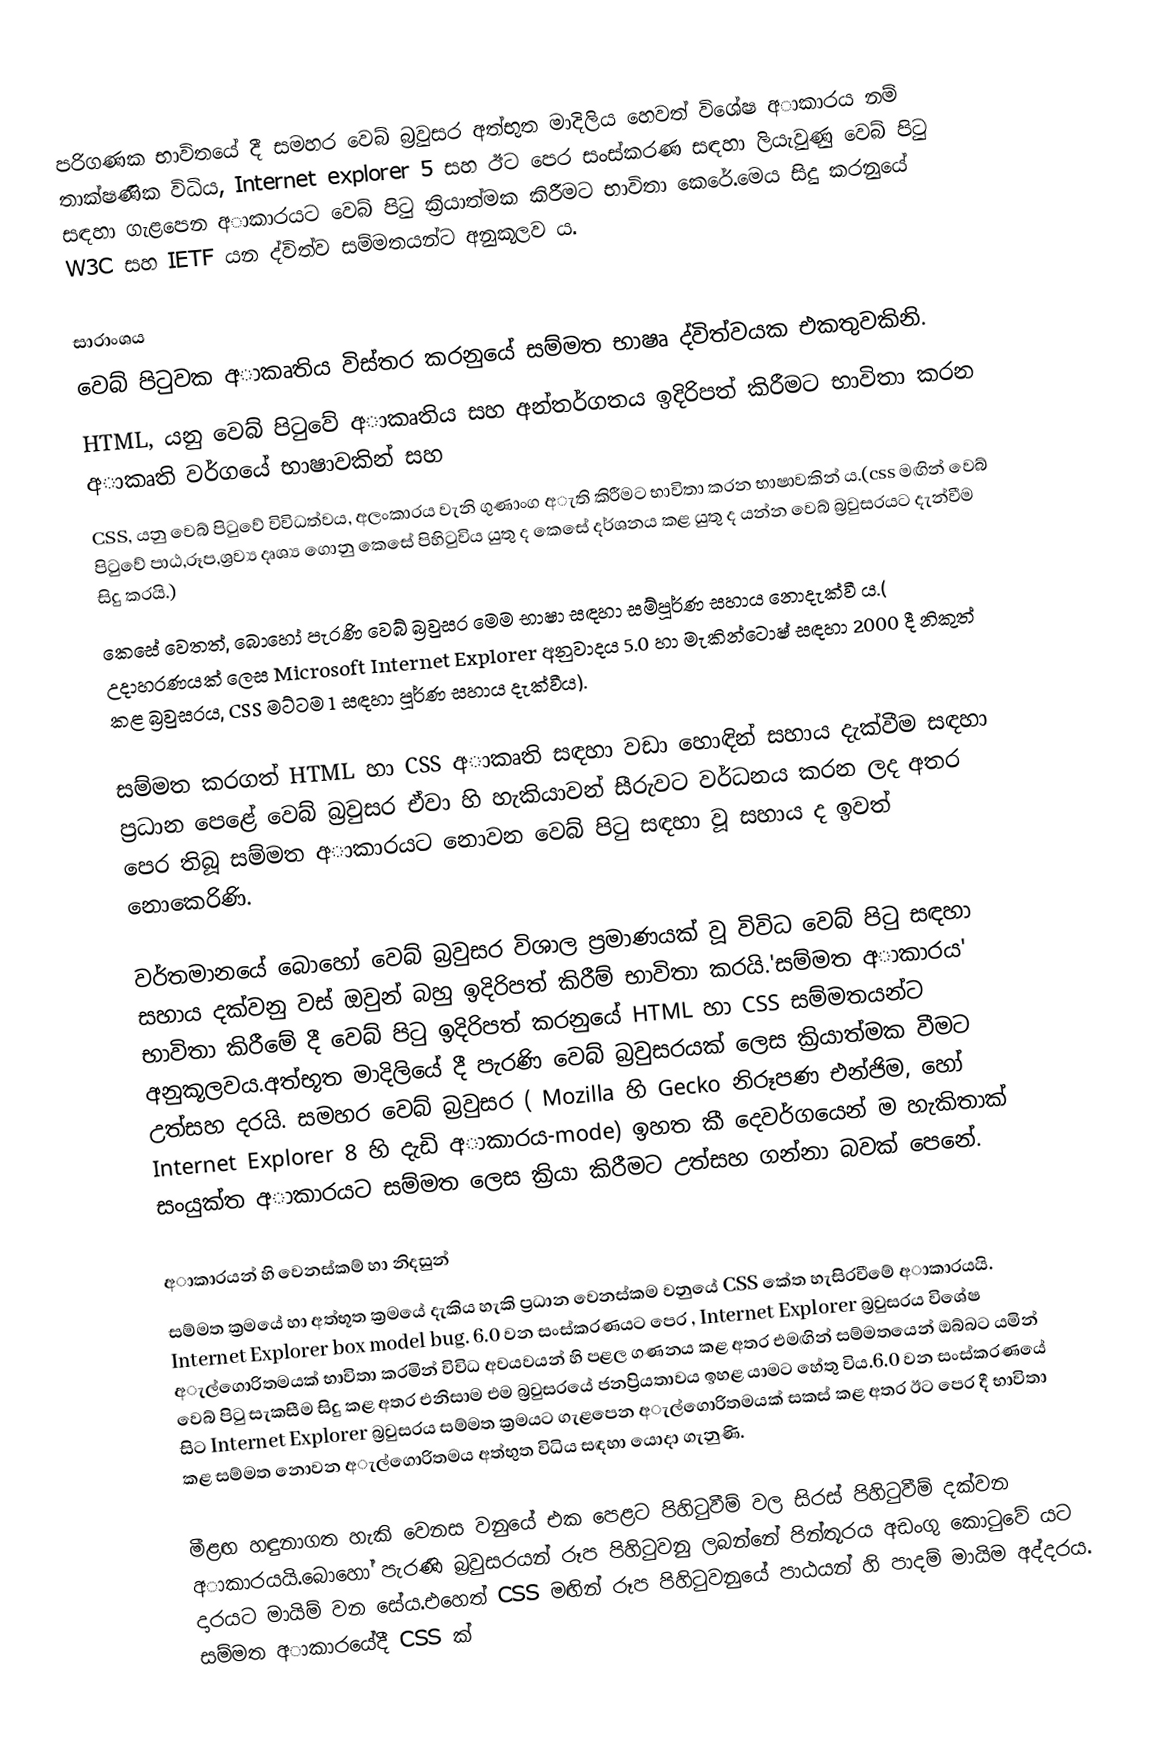
පරිගණක භාවිතයේ දී සමහර වෙබ් බ්‍රවුසර අත්භුත මාදිලිය හෙවත් විශේෂ අාකාරය නම් තාක්ෂණික විධිය, Internet explorer 5 සහ ඊට පෙර සංස්කරණ සඳහා ලියැවුණු වෙබ් පිටු සඳහා ගැළපෙන අාකාරයට වෙබ් පිටු ක්‍රියාත්මක කිරීමට භාවිතා කෙරේ.මෙය සිදු කරනුයේ W3C සහ IETF යන ද්විත්ව සම්මතයන්ට අනුකූලව ය.

සාරාංශය
වෙබ් පිටුවක අාකෘතිය විස්තර කරනුයේ සම්මත භාෂෘ ද්විත්වයක එකතුවකිනි.
 HTML, යනු වෙබ් පිටුවේ අාකෘතිය සහ අන්තර්ගතය ඉදිරිපත් කිරීමට භාවිතා කරන අාකෘති වර්ගයේ භාෂාවකින් සහ
 CSS, යනු වෙබ් පිටුවේ විවිධත්වය, අලංකාරය වැනි ගුණාංග අැති කිරීමට භාවිතා කරන භාෂාවකින් ය.(css මඟින් වෙබ් පිටුවේ පාඨ,රූප,ශ්‍රව්‍ය දෘශ්‍ය ගොනු කෙසේ පිහිටුවිය යුතු ද කෙසේ දර්ශනය කළ යුතු ද යන්න වෙබ් බ්‍රවුසරයට දැන්වීම සිදු කරයි.)
කෙසේ වෙතත්, බොහෝ පැරණි වෙබ් බ්‍රවුසර මෙම භාෂා සඳහා  සම්පූර්ණ සහාය නොදැක්වී ය.(  උදාහරණයක් ලෙස Microsoft Internet Explorer අනුවාදය 5.0 හා මැකින්ටොෂ් සඳහා 2000 දී නිකුත් කළ බ්‍රවුසරය,  CSS මට්ටම 1 සඳහා පූර්ණ සහාය දැක්වීය). 

සම්මත කරගත් HTML හා CSS අාකෘති සඳහා වඩා හොඳින් සහාය දැක්වීම සඳහා ප්‍රධාන පෙළේ වෙබ් බ්‍රවුසර ඒවා හි හැකියාවන් සීරුවට වර්ධනය කරන ලද අතර පෙර ‍තිබූ සම්මත අාකාරයට නොවන වෙබ් පිටු සඳහා වූ සහාය ද ඉවත් නොකෙරිණි.

වර්තමානයේ බොහෝ වෙබ් බ්‍රවුසර විශාල ප්‍රමාණයක් වූ විවිධ වෙබ් පිටු සඳහා සහාය දක්වනු වස් ඔවුන් බහු ඉදිරිපත් කිරීම් භාවිතා කරයි.'සම්මත අාකාරය' භාවිතා කිරීමේ දී වෙබ් පිටු ඉදිරිපත් කරනුයේ HTML හා CSS සම්මතයන්ට අනුකූලවය.අත්භූත මාදිලියේ දී පැරණි වෙබ් බ්‍රවුසරයක් ලෙස ක්‍රියාත්මක  වීමට උත්සහ දරයි.  සමහර වෙබ් බ්‍රවුසර ( Mozilla හි  Gecko නිරූපණ එන්ජිම, හෝ Internet Explorer 8 හි දැඩි අාකාරය-mode) ඉහත කී දෙවර්ගයෙන් ම හැකිතාක් සංයුක්ත අාකාරයට සම්මත ලෙස ක්‍රියා කිරීමට උත්සහ ගන්නා බවක් පෙනේ.

අාකාරයන් හි වෙනස්කම් හා නිදසුන්
 සම්මත ක්‍රමයේ හා අත්‍භූත ක්‍රමයේ දැකිය හැකි ප්‍රධාන වෙනස්කම වනුයේ CSS කේත හැසිරවීමේ අාකාරයයි. Internet Explorer box model bug. 6.0 වන සංස්කරණයට පෙර , Internet Explorer බ්‍රවුසරය විශේෂ අැල්ගොරිතමයක් භාවිතා කරමින් විවිධ අවයවයන් හි ‍පළල ගණනය කළ අතර එමඟින් සම්මතයෙන් ඔබ්බට යමින් වෙබ් පිටු සැකසීම සිදු කළ අතර එනිසාම එම බ්‍රවුසරයේ ජනප්‍රියතාවය ඉහළ යාමට හේතු විය.6.0 වන සංස්කරණයේ සිට Internet Explorer බ්‍රවුසරය සම්මත ක්‍රමයට ගැළපෙන අැල්ගොරිතමයක් සකස් කළ අතර ඊට පෙර දී භාවිතා කළ සම්මත නොවන අැල්ගොරිතමය අත්භුත විධිය සඳහා යොදා ගැනුණි.

මීළඟ හඳුනාගත හැකි වෙනස වනුයේ එක පෙළට පිහිටුවීම් වල සිරස් පිහිටුවීම් දක්වන අාකාරයයි.බොහෝ පැරණි බ්‍රවුසරයන් රූප පිහිටුවනු ලබන්නේ පින්තූරය අඩංගු කොටුවේ යට දාරයට මායිම් වන සේය.එහෙත් CSS මඟින් රූප පිහිටුවනුයේ පාඨයන් හි පාදම් මායිම අද්දරය. සම්මත අාකාරයේදී CSS ක්‍